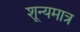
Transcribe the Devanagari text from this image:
शून्यमात्र